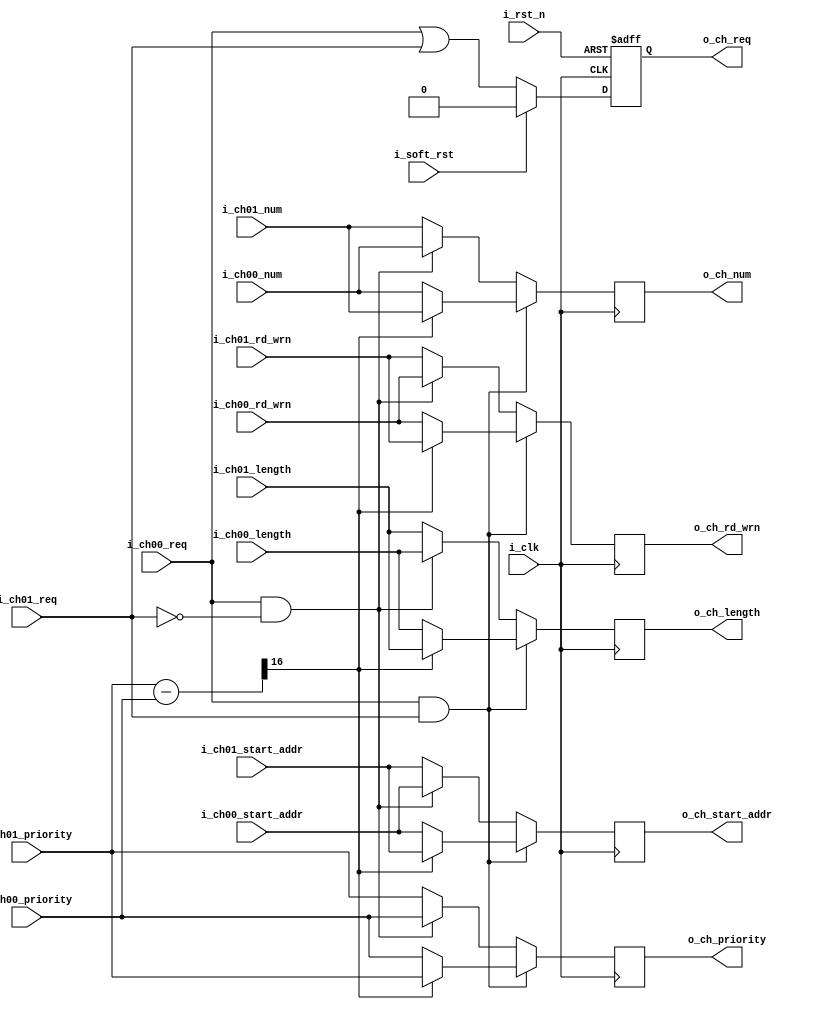
// ============================ KEDACOM Corporation ============================
//      Information contained in this Confidential and Proprietary work has
//      been obtained by KEDACOM Corporation. This Design may be used only as
//      authorized by a Licensing Agreement from KEDACOM Corporation.
// =============================================================================
//          KEDACOM
// address  :  No131  jinshan road,  Suzhou city,  Jiangsu Province
// zip code :  215011
// Tel      :  0512-68418188
// Fax      :  0512-68412699
// =============================================================================
//      Description
// =============================================================================
//  Version         date                author
//  1.0             2015/7/13           zhuyibin
//                  for kintex 7's 2 ddr3 controllers
//
//  Revision History
//
//
// =============================================================================

`timescale 1 ns / 1 ps

module ddr3_arb_compare
(
    input                   i_rst_n                 , // async reset.low active   
    input                   i_clk                   , // clock
    input                   i_soft_rst              , // soft reset.high active      
    // ========================== 
    // ============= ch00
    input                   i_ch00_req              , // request
    input   [ 4:0]          i_ch00_num              , // channel num
    input   [15:0]          i_ch00_priority         , // priority.0:highest priority
    input                   i_ch00_rd_wrn           , // 1:read memory;0:write memory
    input   [26:0]          i_ch00_start_addr       , // start address. 32 bit
    input   [11:0]          i_ch00_length           , // 32bit's num.encoded as 0 to 4095,representing 0 to 4095.
    // ============= ch01
    input                   i_ch01_req              , // request
    input   [ 4:0]          i_ch01_num              , // channel num
    input   [15:0]          i_ch01_priority         , // priority.0:highest priority
    input                   i_ch01_rd_wrn           , // 1:read memory;0:write memory
    input   [26:0]          i_ch01_start_addr       , // start address. 32 bit
    input   [11:0]          i_ch01_length           , // 32bit's num.encoded as 0 to 4095,representing 0 to 4095.
    // ============= ch15
    output                  o_ch_req                , // request
    output  [ 4:0]          o_ch_num                , // channel num                   
    output  [15:0]          o_ch_priority           , // priority.0:highest priority  
    output                  o_ch_rd_wrn             , // 1:read memory;0:write memory
    output  [26:0]          o_ch_start_addr         , // start address. 32 bit
    output  [11:0]          o_ch_length               // 32bit's num.encoded as 0 to 4095,representing 0 to 4095.
);

    // =====================================================
    // Internal Signals Declaration
    // =====================================================
    wire    [16:0]          s_sub                   ;
    reg                     r_ch_req                ;  
    reg     [ 4:0]          r_ch_num                ; 
    reg     [15:0]          r_ch_priority           ; 
    reg                     r_ch_rd_wrn             ;    
    reg     [26:0]          r_ch_start_addr         ;    
    reg     [11:0]          r_ch_length             ;                    

// =============================================================================
// RTL Body
// =============================================================================

    // =====================================================
    //
    // =====================================================
    assign s_sub = {1'b0,i_ch01_priority} - {1'b0,i_ch00_priority};
    
    always @ (posedge i_clk or negedge i_rst_n) begin
        if (i_rst_n == 1'b0) begin
            r_ch_req <= 1'b0;
        end else begin
            if (i_soft_rst == 1'b1) begin
                r_ch_req <= 1'b0;
            end else begin
                r_ch_req <= i_ch00_req | i_ch01_req;
            end
        end
    end
    
    always @ (posedge i_clk) begin
        if (i_ch00_req == 1'b1 && i_ch01_req == 1'b1) begin
            if (s_sub[16] == 1'b0) begin   // i_ch00_priority <= i_ch01_priority
                r_ch_num        <= i_ch00_num       ;
                r_ch_priority   <= i_ch00_priority  ;
                r_ch_rd_wrn     <= i_ch00_rd_wrn    ;   
                r_ch_start_addr <= i_ch00_start_addr;
                r_ch_length     <= i_ch00_length    ;
             end else begin 
                r_ch_num        <= i_ch01_num       ;
                r_ch_priority   <= i_ch01_priority  ;
                r_ch_rd_wrn     <= i_ch01_rd_wrn    ;   
                r_ch_start_addr <= i_ch01_start_addr;   
                r_ch_length     <= i_ch01_length    ;   
             end 
        end else if (i_ch00_req == 1'b1 && i_ch01_req == 1'b0) begin
                r_ch_num        <= i_ch00_num       ;
                r_ch_priority   <= i_ch00_priority  ;
                r_ch_rd_wrn     <= i_ch00_rd_wrn    ;   
                r_ch_start_addr <= i_ch00_start_addr;
                r_ch_length     <= i_ch00_length    ;
        end else begin
                r_ch_num        <= i_ch01_num       ;
                r_ch_priority   <= i_ch01_priority  ;
                r_ch_rd_wrn     <= i_ch01_rd_wrn    ;   
                r_ch_start_addr <= i_ch01_start_addr;   
                r_ch_length     <= i_ch01_length    ; 
        end
    end
    
    // =====================================================
    // output
    // =====================================================
    assign o_ch_req        = r_ch_req        ;
    assign o_ch_num        = r_ch_num        ;
    assign o_ch_priority   = r_ch_priority   ;
    assign o_ch_rd_wrn     = r_ch_rd_wrn     ;
    assign o_ch_start_addr = r_ch_start_addr ;
    assign o_ch_length     = r_ch_length     ;

endmodule